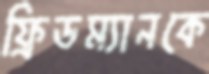
ফ্রিডম্যানকে